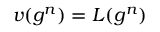
v ( g ^ { n } ) = L ( g ^ { n } )